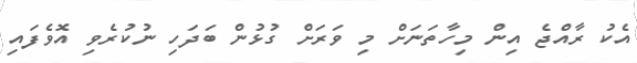
އެކު ރާއްޖެ އިން މިހާތަނަށް މި ވަރަށް ގުޅުން ބަދަހި ނުކުރެވި އޮވެފައި